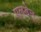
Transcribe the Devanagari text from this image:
एलडेन